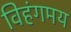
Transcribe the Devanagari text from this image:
विहंगमय